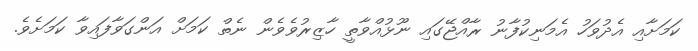
ކަމަށާއި އެދުވަހު އެމަނިކުފާނު ރާއްޖޭގައި ނޫޅުއްވާތީ ހާޒިރުވެވެން ނެތް ކަަމަށް އަންގަވާފައިވާ ކަމަށެވެ.